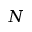
N